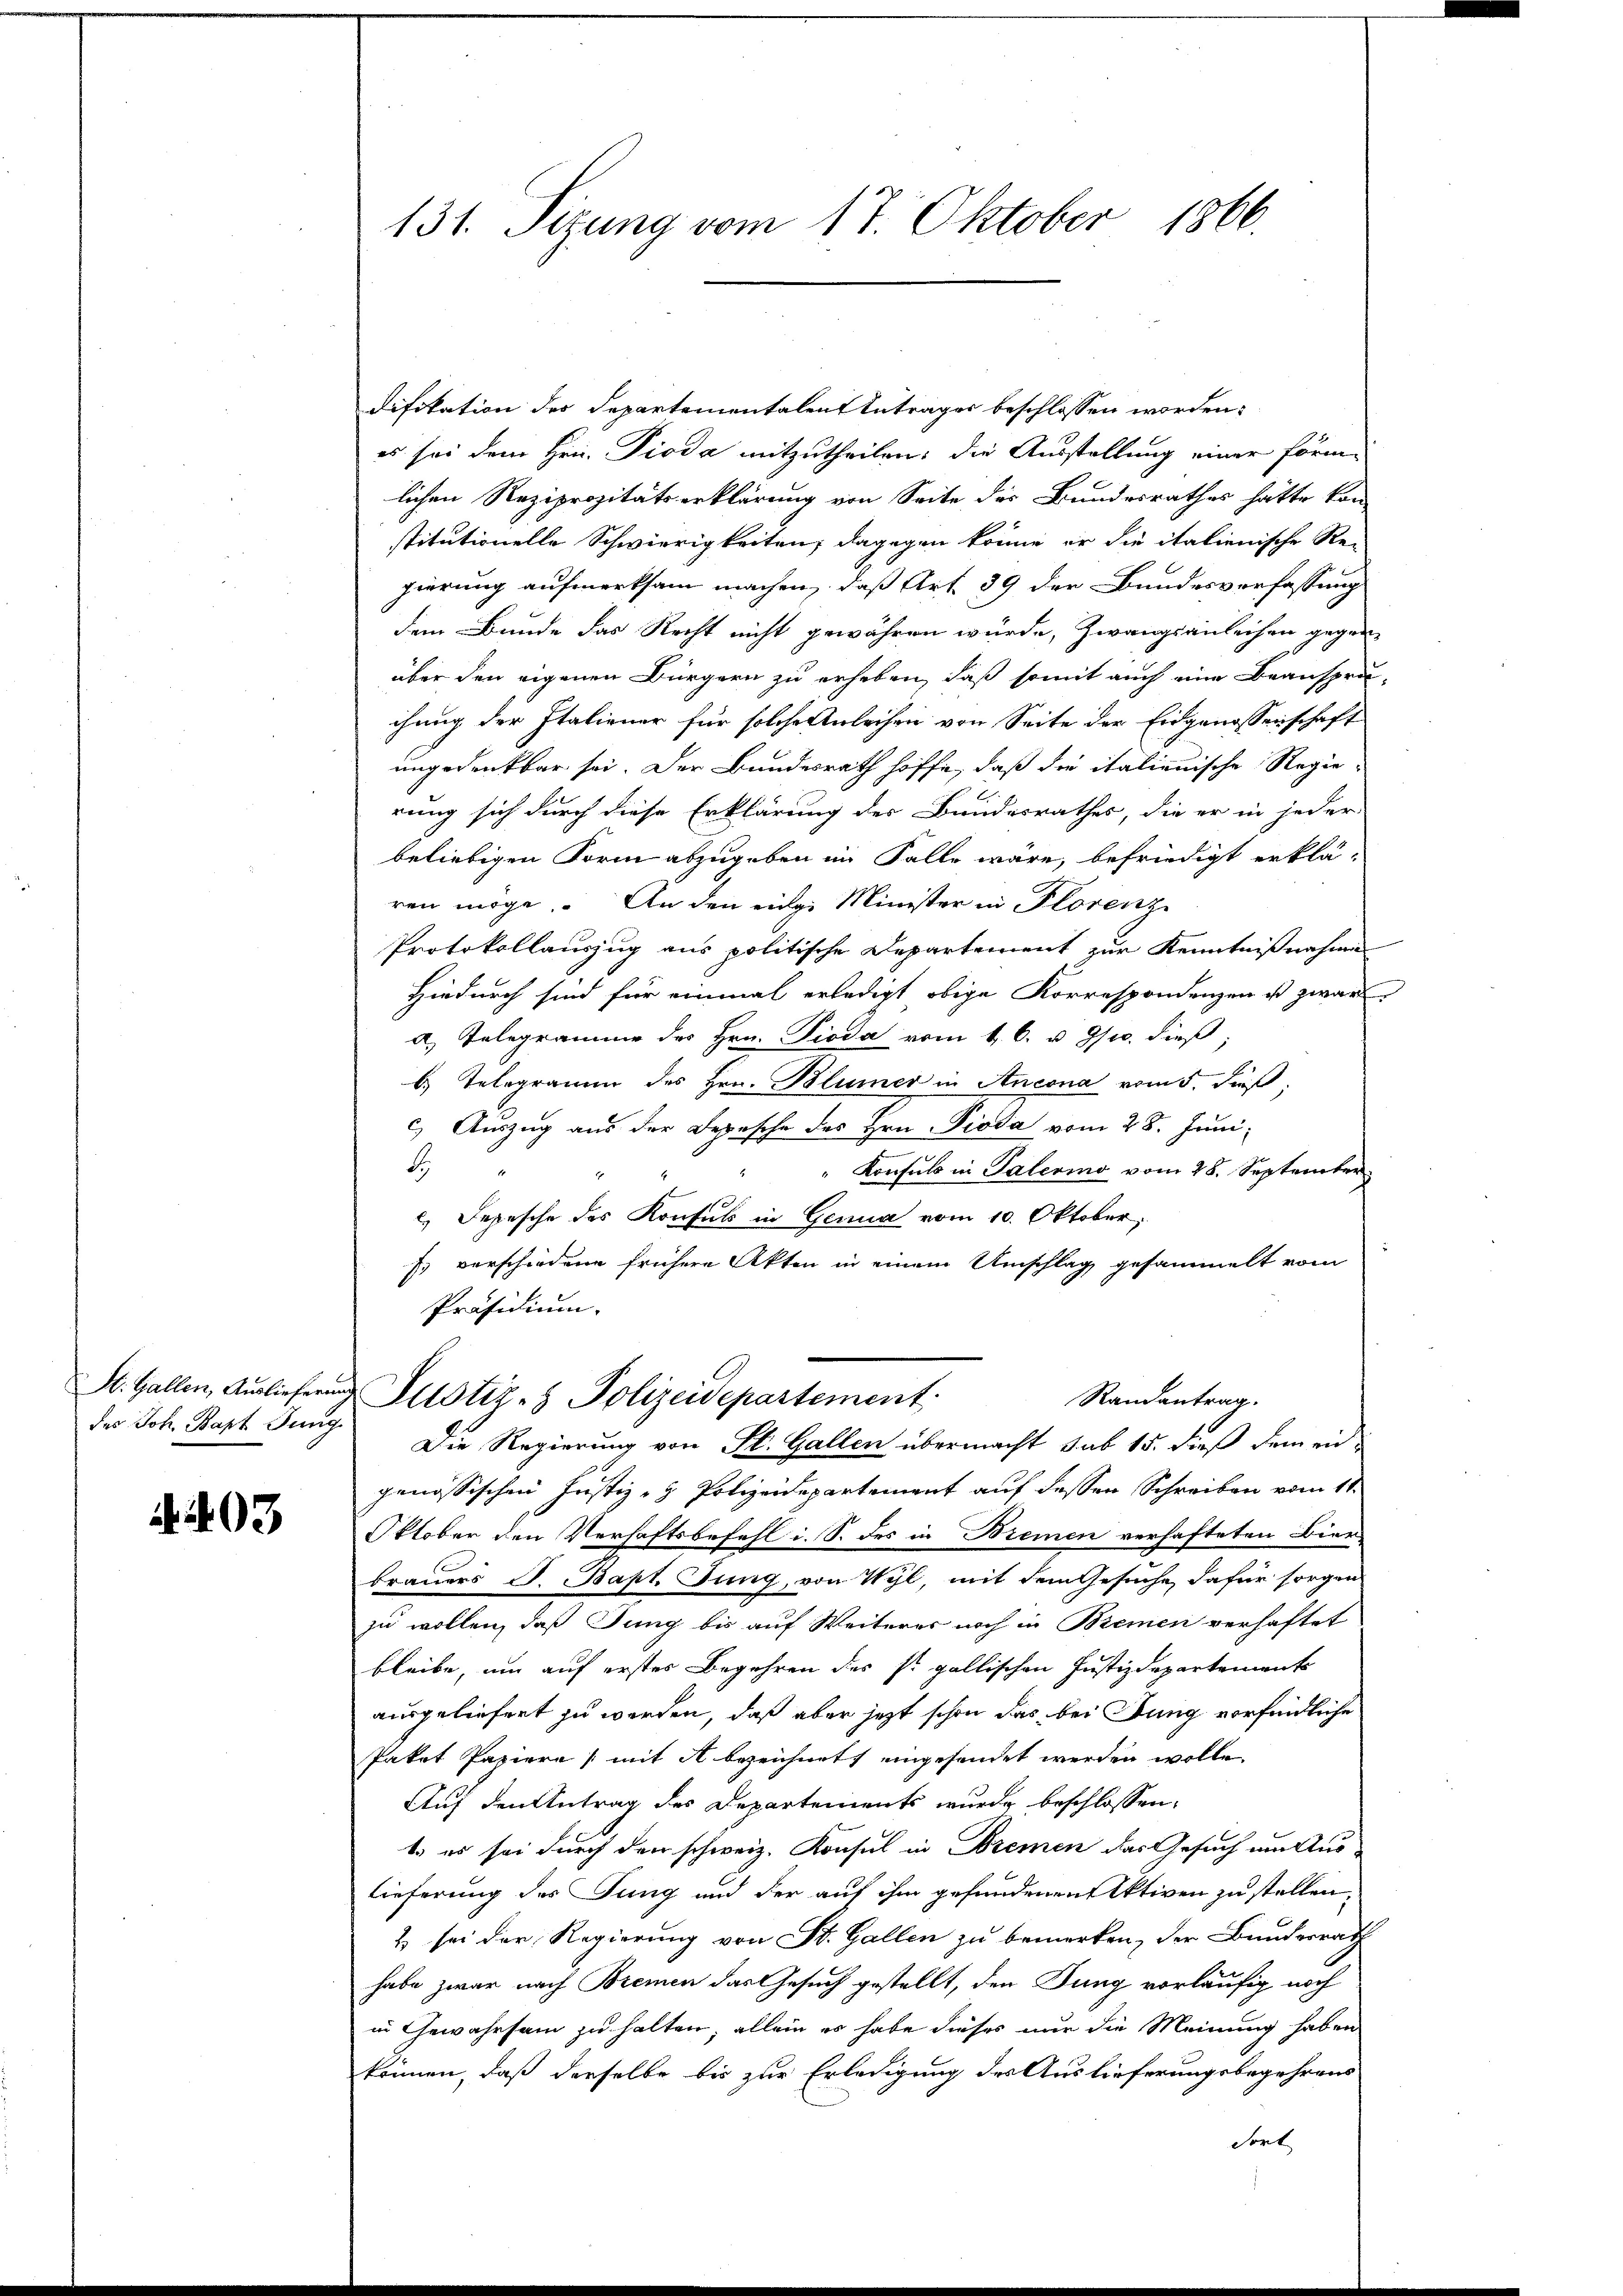
des Joh. Bapt Jung

a. 403

131. Sizung vom 17. Oktober 1866.

difikation des Departementalen Anträger beschlossen worden:
es sei dem Hrn. Dioda mitzutheilen: die Ausstellung einer förmlichen Reziprozitätserklärung von Seite der Bundesrathes hätte kon
stitutionelle Schwierigkeiten, dagegen könne er die italienische Reigierung aufmerksam machen, daß Art. 89 der Bundesverfassung
dem Bunde das Recht nicht gewähren würde, Zwangsanleihen gegen-
über den eigenen Bürgern zu erheben, daß somit auch eine Beanspru
chung der Italiener für solche Anleihen von Seite der Eidgenossenschaft
ungedenkbar sei. Der Bundesrath hoffe, daß die italienische Regierung sich durch diese Erklärung der Bundesrathes, die er in jeder
beliebigen Form abzugeben im Falle wäre, befriedigt erklä-
ren möge. An den einge Minister in Florenz
Protokollauszug aus politische Departement zur Kenntnißnahmen
Hiedurch sind für einmal erledigt obige Korrespondenzen ist zwar
a) Telegramme des Hrn. Pioda vom 4. 6. v. Js. dieß,
b. Telegramm des Hrn. Blümer in Ancona vom 5. dieß:
c) Auszug aus der Depesche des Hrn. Pioda vom 28. Juni,
B.
Konsuls in Palerino vom 28. September
c. Depesche des Konsuls in Gera vom 10. Oktober.
Es verschiedene frühere Akten in einem Umschlag gesammelt vom
Präsidium.
St. Gallen, Auslieferung Justiz- & Polizeidepartement.
Randantrag.
Die Regierung von St. Gallen übermacht sub 15. dieß dem eid-
genössischen Justiz- & Polizeidepartement auf dessen Schreiben vom 11.
Oktober den Verhaftsbefehl i. S. des in Bremen verhafteten Bierbrauers J. Bapt. Jung, von Wyl, mit dem Gesuche, dafür sorgen
zu wollen, daß Jung bis auf Weiterer noch in Bremen verhaftet
bleibe, um auf erster Begehren des s. gallischen Justizdepartemente
ausgeliefert zu werden, daß aber jetzt schon das bei Jung vorfindliche
Paket Papiere mit A bezeichnet, eingesendet werden wolle.
Auf den Antrag des Departements wurde beschlossen:
t. es sei durch den schweiz. Konsul in Bremen das Gesuch am Auslieferung der Jung und der auf ihm gefundenen Aktiven zu stellen,
& sei der Regierung von St. Gallen zu bemerken, der Bundesrath
habe zwar nach Bremen das Gesuch gestellt, den Jung vorläufig noch
in Gewahrsam zu halten, allein es habe dieses nur die Meinung haben
können, daß derselbe bis zur Erledigung des Auslieferungsbegehrens
Sort